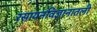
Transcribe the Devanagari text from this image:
रसायनविज्ञानातली